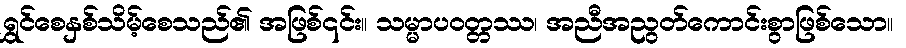
ရွှင်စေနှစ်သိမ့်စေသည်၏ အဖြစ်၎င်း။ သမ္မာပဝတ္တဿ၊ အညီအညွတ်ကောင်းစွာဖြစ်သော။